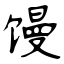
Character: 馒